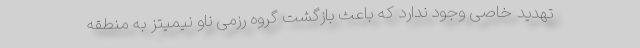
تهدید خاصی وجود ندارد که باعث بازگشت گروه رزمی ناو نیمیتز به منطقه